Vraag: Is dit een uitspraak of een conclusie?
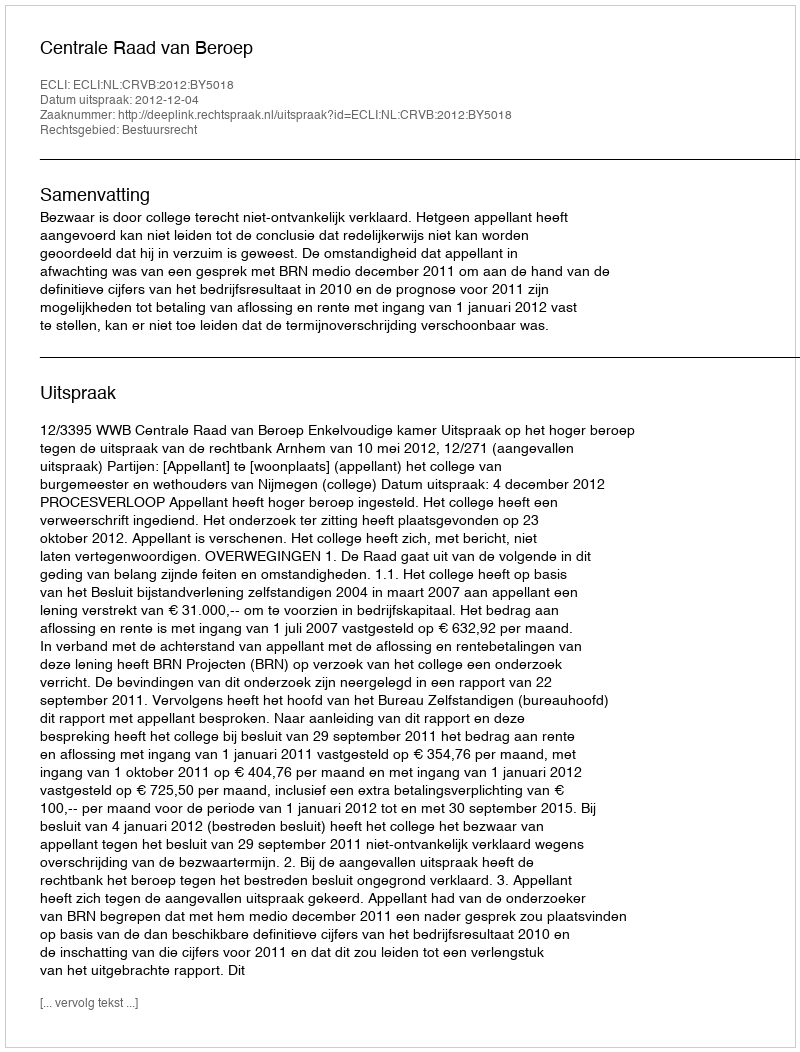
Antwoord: Uitspraak